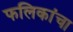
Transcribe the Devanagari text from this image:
फलिकांचा